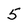
Character: 5